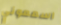
اسمعوني